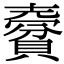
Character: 𧷨